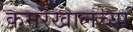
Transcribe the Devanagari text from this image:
कमरेखालच्या